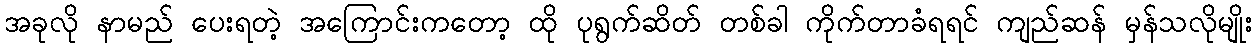
အခုလို နာမည် ပေးရတဲ့ အကြောင်းကတော့ ထို ပုရွက်ဆိတ် တစ်ခါ ကိုက်တာခံရရင် ကျည်ဆန် မှန်သလိုမျိုး